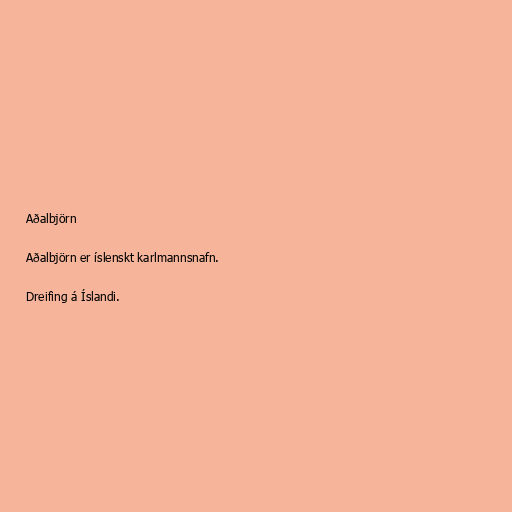
Aðalbjörn

Aðalbjörn er íslenskt karlmannsnafn.

Dreifing á Íslandi.